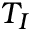
T _ { I }